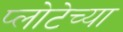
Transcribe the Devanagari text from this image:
प्लोटेच्या